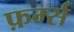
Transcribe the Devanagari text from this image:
फ़र्म्स